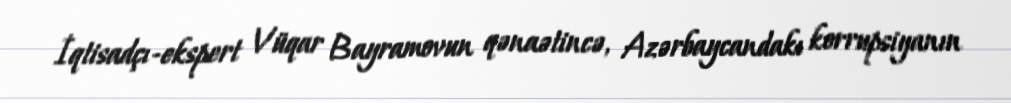
İqtisadçı-ekspert Vüqar Bayramovun qənaətincə, Azərbaycandakı korrupsiyanın